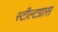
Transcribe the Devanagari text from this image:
स्टील्टग्रास